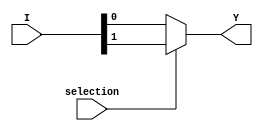
`timescale 1ns / 1ps
//////////////////////////////////////////////////////////////////////////////////
// 
// Design Name: Creating and Testing a Two To One Multiplexer
// Module Name: twoToOneMux
// 
//////////////////////////////////////////////////////////////////////////////////

module twoToOneMux
(
input [1:0] I,
input selection,
output reg Y
);

always @ (selection, I) begin
if (selection == 0)
Y=I[0];
else
Y=I[1];
end

endmodule